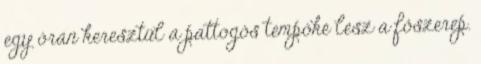
egy órán keresztül a pattogós tempóké lesz a főszerep.